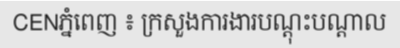
CENភ្នំពេញ ៖ ក្រសួងការងារបណ្តុះបណ្តាល